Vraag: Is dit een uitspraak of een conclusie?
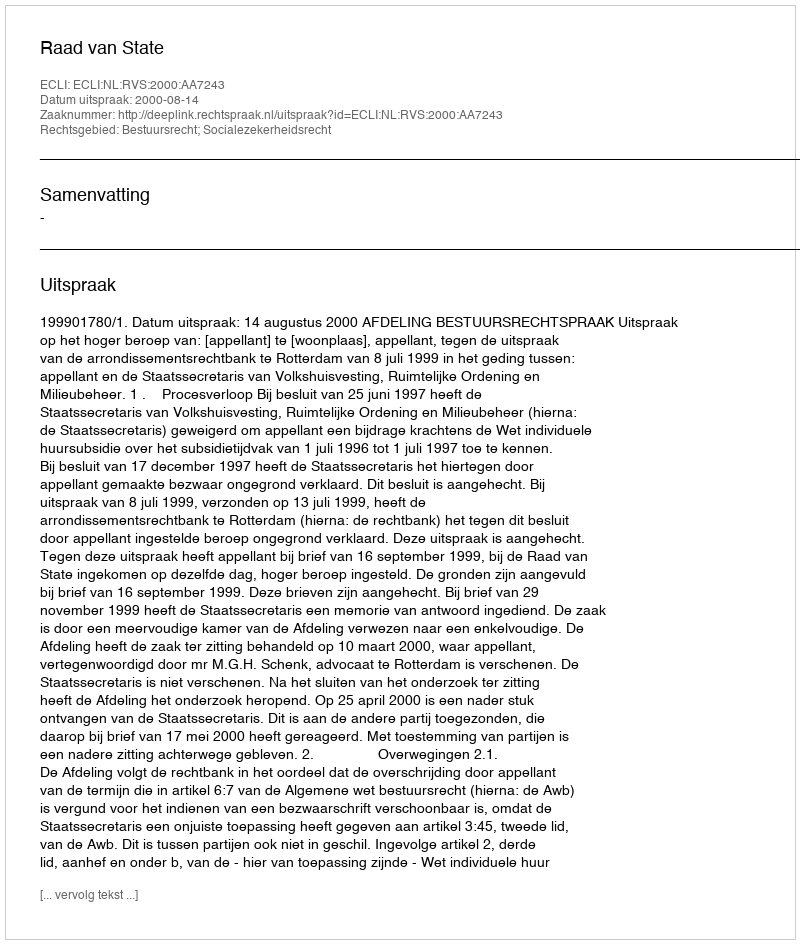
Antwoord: Uitspraak